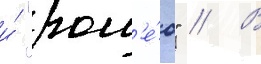
и́ "ром'е́о" // В